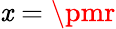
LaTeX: \mathit{x}=\pmr